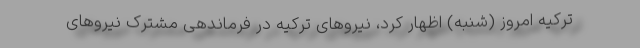
ترکیه امروز (شنبه) اظهار کرد، نیروهای ترکیه در فرماندهی مشترک نیروهای